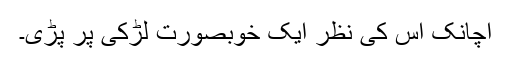
اچانک اس کی نظر ایک خوبصورت لڑکی پر پڑی۔